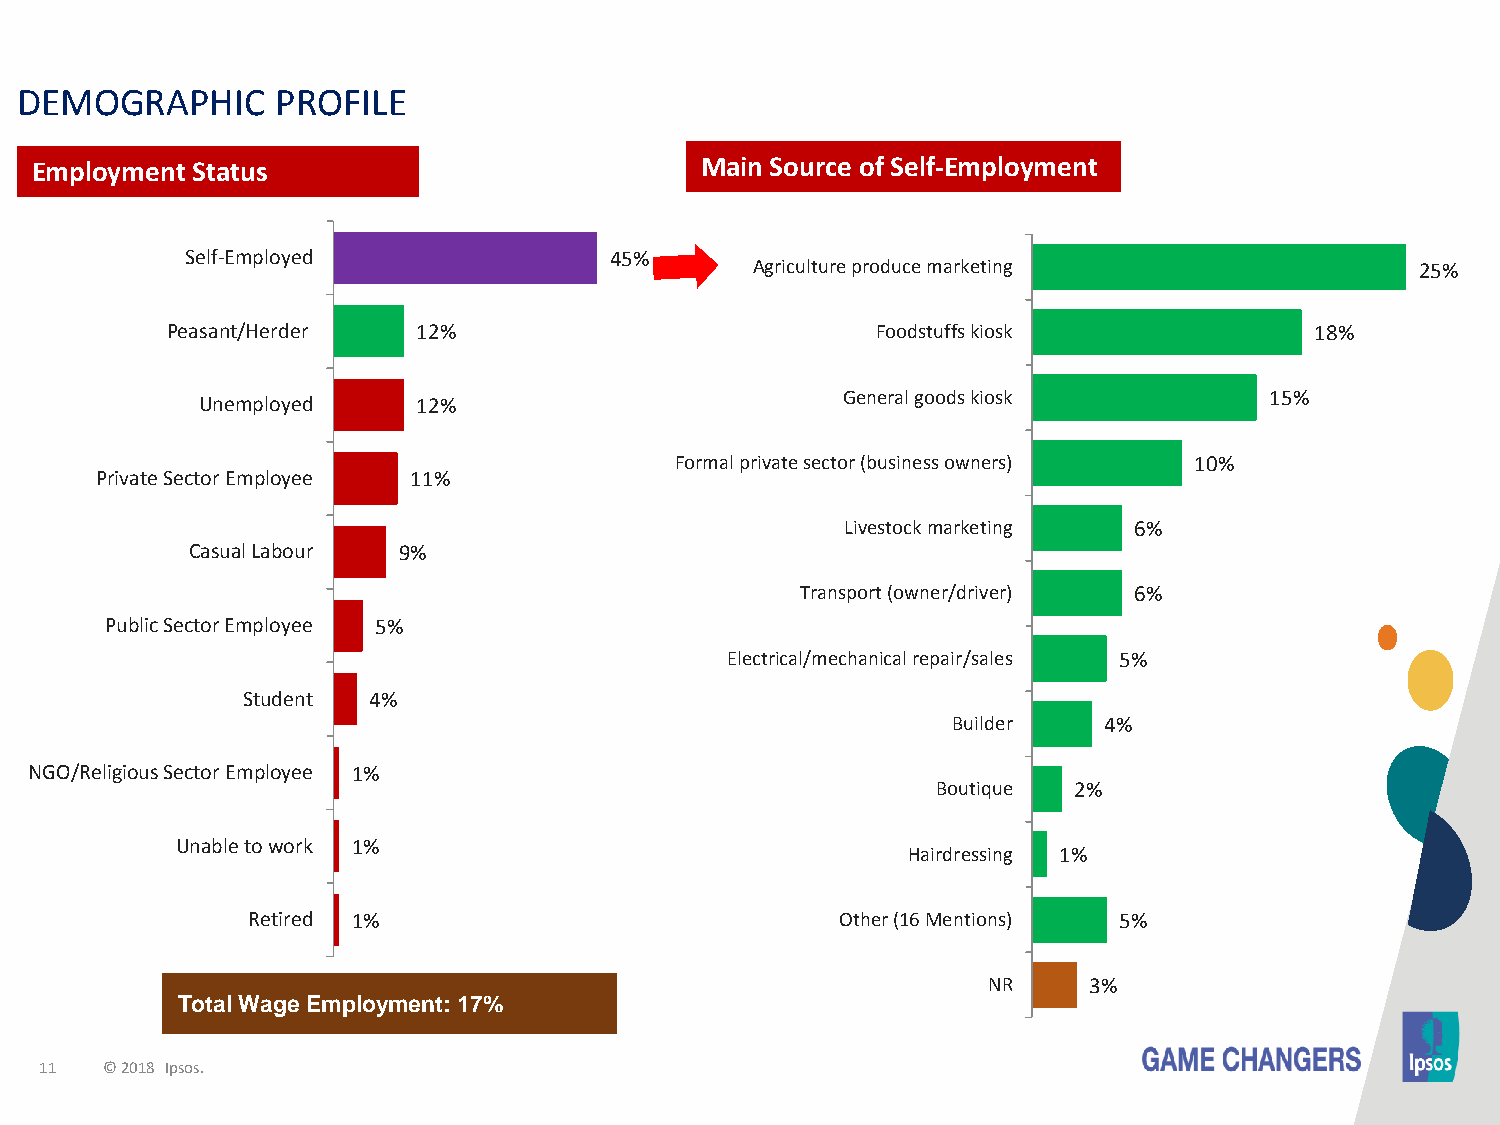
DEMOGRAPHIC      PROFILE
 Employment Status                           Main Source of Self-Employment
 Self-Employed               45%
 Agriculture produce marketing               25%
 Peasant/Herder   12%                           Foodstuffs kiosk             18%
 General goods kiosk         15%
 Unemployed     12%
 Formal private sector (business owners) 10%
 Private Sector Employee 11%
 Livestock marketing 6%
 Casual Labour 9%
 Transport (owner/driver) 6%
 Public Sector Employee 5%
 Electrical/mechanical repair/sales 5%
 Student 4%
 Builder   4%
 NGO/Religious Sector Employee 1%
 Boutique 2%
 Unable to work 1%
 Hairdressing 1%
 Retired 1%                              Other (16 Mentions) 5%
 NR     3%
 Total Wage Employment: 17%
 11  © 2018 Ipsos.